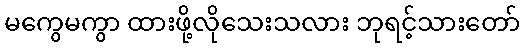
မကွေမကွာ ထားဖို့လိုသေးသလား ဘုရင့်သားတော်